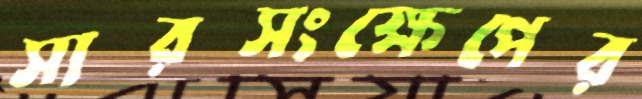
সারসংক্ষেপের